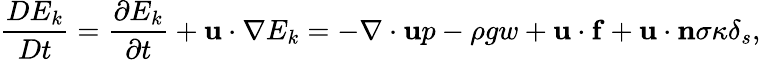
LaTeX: \frac{DE_{k}}{Dt}=\frac{\partial E_{k}}{\partial t}+\mathbf{u}\cdot\nabla E_{k}=-\nabla\cdot\mathbf{u}p-\rho gw+\mathbf{u}\cdot\mathbf{f}+\mathbf{u}\cdot\mathbf{n}\sigma\kappa\delta_{s},